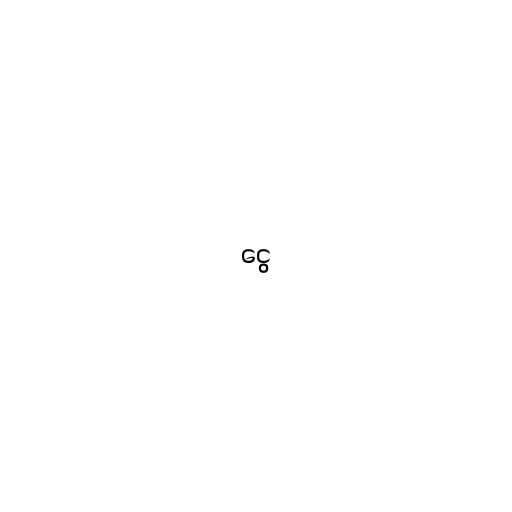
ငွေ